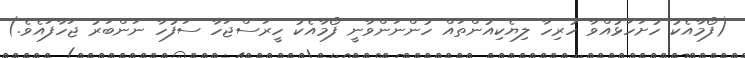
(ފޯމާއެކު ހުށަހަޅުއްވާ ހުރިހާ ލިޔެކިއުންތައް ހުންނަންވާނީ ފޯމާއެކު ހީރަސްޖަހާ ސަފުހާ ނަންބަރު ޖަހާފައެވެ.)